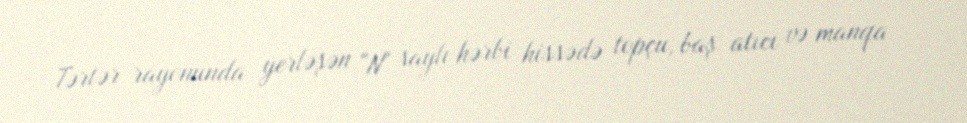
Tərtər rayonunda yerləşən "N" saylı hərbi hissədə topçu, baş atıcı və manqa